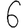
Digit: 6